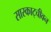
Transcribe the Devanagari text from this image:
सास्काट्चीवन